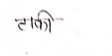
मजकूर: टाकी